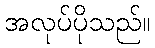
အလုပ်ပိုသည်။